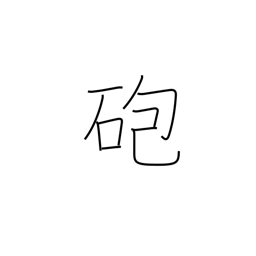
Meaning: cannon